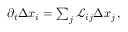
\begin{array} { r } { \partial _ { t } \Delta { x } _ { i } = \sum _ { j } \mathcal { L } _ { i j } \Delta x _ { j } \, , } \end{array}